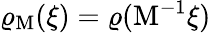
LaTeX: \varrho_{\mathrm{M}}(\xi)=\varrho(\mathrm{M}^{-1}\xi)